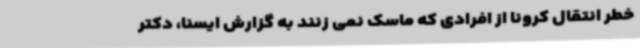
خطر انتقال کرونا از افرادی که ماسک نمی زنند به گزارش ایسنا، دکتر